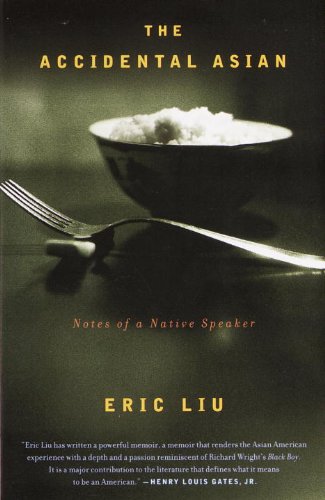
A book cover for The Accidental Asian: Notes of a Native Speaker; Eric Liu; Biographies & Memoirs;